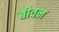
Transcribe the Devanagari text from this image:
बीवन